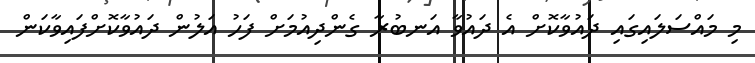
މި މައްސަލައިގައި ދައުވާކޮށް އެ ދައުވާ އަނބުރާ ގެންދިއުމަށް ފަހު އަލުން ދައުވާކޮށްފައިވާކަން